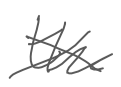
Text: the
Cross-out: cross
Writing tool: digital_gray